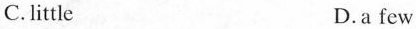
C.little D.a few